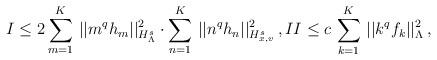
LaTeX: \begin{align*} I \leq 2 \sum_{m=1}^K\, ||m^q h_m||_{H_{\Lambda}^s}^2 \cdot \sum_{n=1}^K\, ||n^q h_n||_{H_{x,v}^s}^2\,, II \leq c\, \sum_{k=1}^K\, ||k^q f_k||_{\Lambda}^2\,, \end{align*}